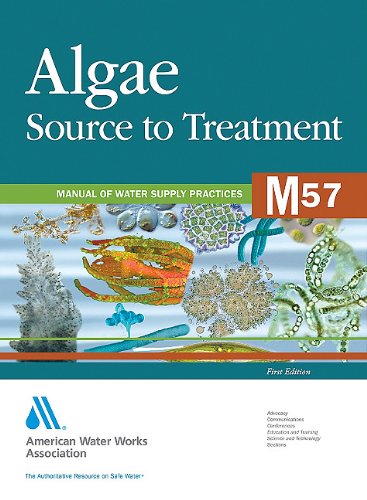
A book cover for Algae Source to Treatment (M57): AWWA Manual of Water Supply Practice (AWWA Manuals); American Water Works Association; Science & Math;